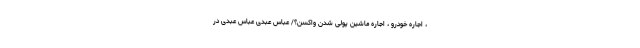
، اجاره خودرو ، اجاره ماشین پولی شدن واکسن؟/ عباس عبدی عباس عبدی در